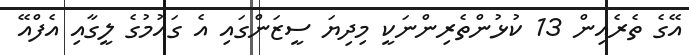
އޭގެ ތެރެއިން 13 ކުޅުންތެރިންނަކީ މިދިޔަ ސީޒަންގައި އެ ގައުމުގެ ލީގާއި އެފްއޭ